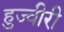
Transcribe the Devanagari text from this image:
हुज्वीरी